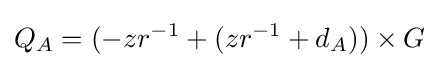
Q_{A}=(-zr^{-1}+(zr^{-1}+d_{A}))\times G